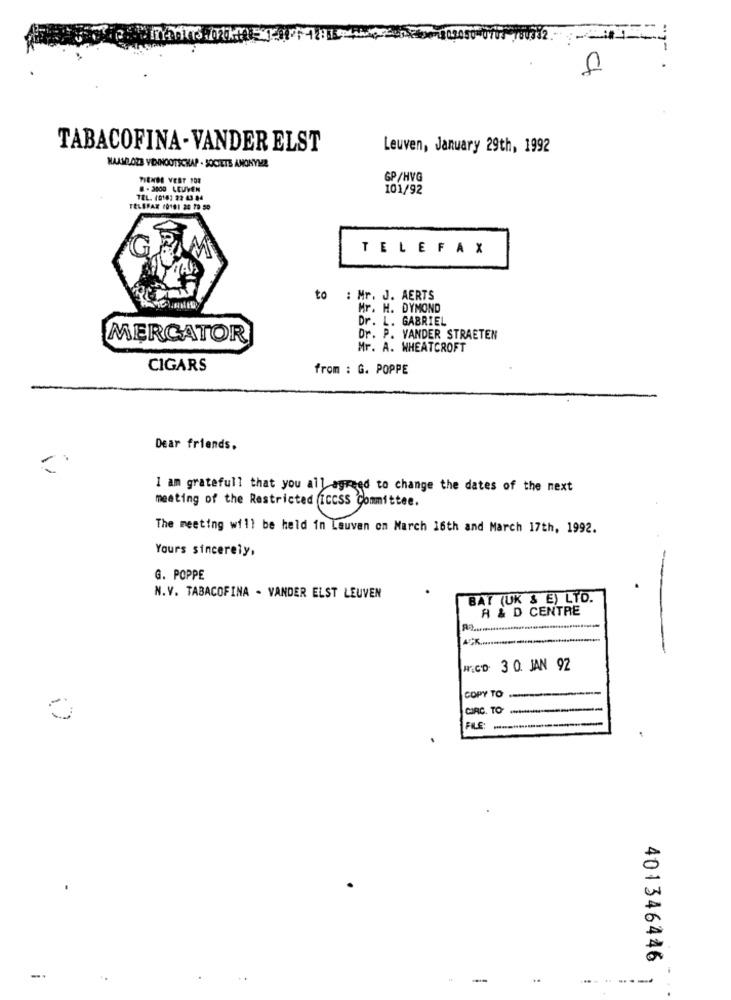
TABACOFINA- VANDER ELST
Leuven, January 29th, 1992
NAAMLOZE VENNOOTSCHAP - SOCIETE ANONYME
TIENDE VEST FOR
GP/HVG
8 -3000 LEUVEN
101/92
TEL. (010] 22 43 84
TELEFAX (0101 20 70 50
TELEFAX
to : Mr. J. AERTS
Mr. H. DYMOND
Dr. L. GABRIEL
MERCATOR
Dr. P. VANDER STRAETEN
Mr. A. WHEATCROFT
CIGARS
from : G. POPPE
Dear friends.
-
I am gratefull that you all agreed to change the dates of the next
meeting of the Restricted iccSS Committee.
"(3) Pomithe.
The meeting will be held in Leuven on March 16th and March 17th, 1992.
Yours sincerely,
G. POPPE
N.V. TABACOFINA - VANDER ELST LEUVEN
BAT (UK & E) LTD.
A & D CENTRE
MCD. 3 0. JAN 92
COPY TO
CIRC. TO-
401346446
-
...